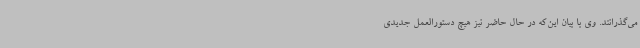
می‌گذرانند. وی با بیان این‌که در حال حاضر نیز هیچ دستورالعمل جدیدی